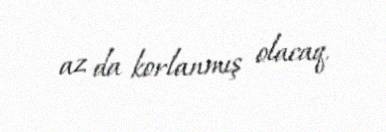
az da korlanmış olacaq.